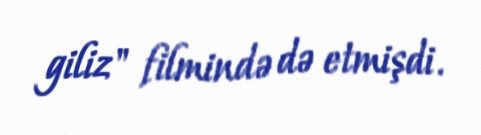
giliz" filmində də etmişdi.